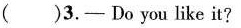
( )3.- Do you like it?